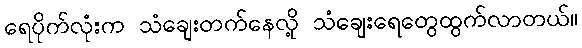
ရေပိုက်လုံးက သံချေးတက်နေလို့ သံချေးရေတွေထွက်လာတယ်။